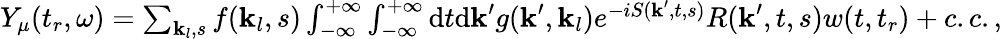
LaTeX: \begin{array}{r}{Y_{\mu}(t_{r},\omega)=\sum_{\textbf{k}_{l},s}f(\textbf{k}_{l},s)\int_{-\infty}^{+\infty}\int_{-\infty}^{+\infty}\mathrm{d}t\mathrm{d}\textbf{k}^{\prime}g(\textbf{k}^{\prime},\textbf{k}_{l})e^{-iS(\textbf{k}^{\prime},t,s)}R(\textbf{k}^{\prime},t,s)w(t,t_{r})+c.c.,}\end{array}